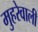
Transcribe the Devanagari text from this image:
मुहरेवाली